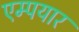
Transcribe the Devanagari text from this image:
एम्पयार